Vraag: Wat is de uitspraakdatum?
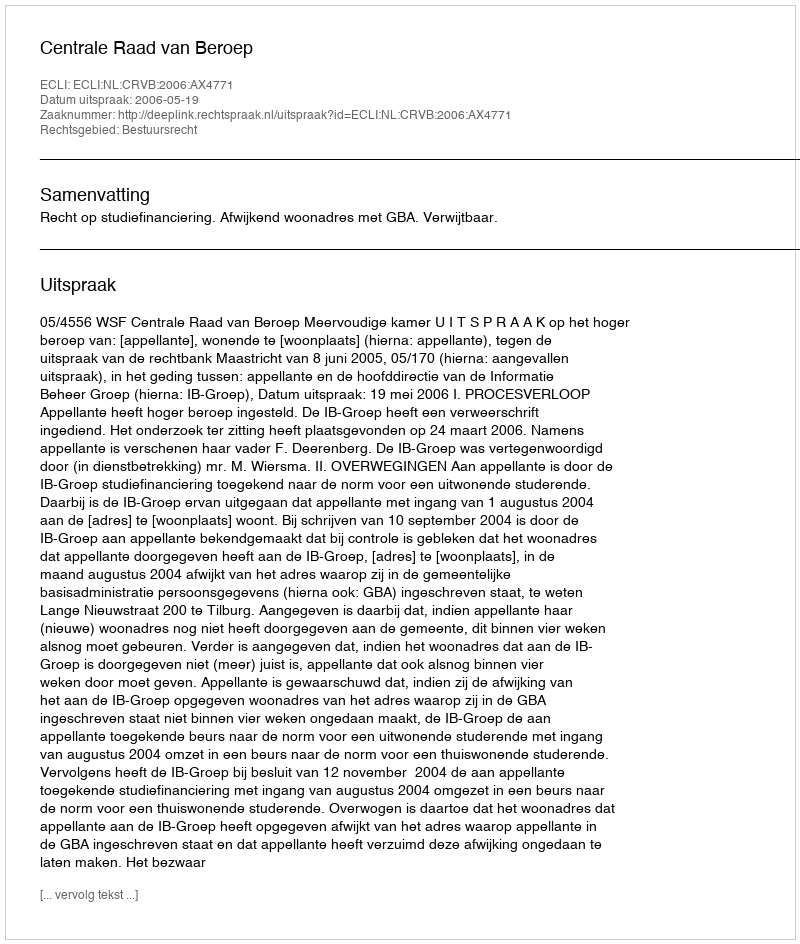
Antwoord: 2006-05-19